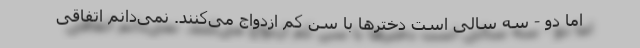
اما دو - سه سالی است دخترها با سن کم ازدواج می‌کنند. نمی‌دانم اتفاقی